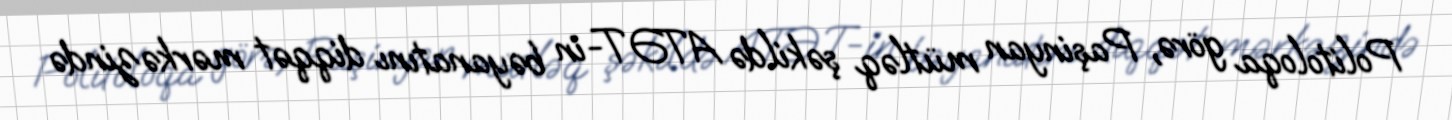
Politoloqa görə, Paşinyan mütləq şəkildə ATƏT-in bəyanatını diqqət mərkəzində